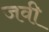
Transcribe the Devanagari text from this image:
जवी